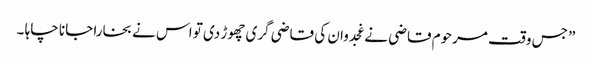
” جس وقت مرحوم قاضی نے غجدوان کی قاضی گری چھوڑ دی تو اس نے بخارا جانا چاہا ۔